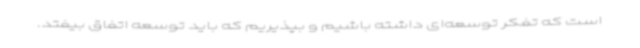
است که تفکر توسعه‌ای داشته باشیم و بپذیریم که باید توسعه اتفاق بیفتد.